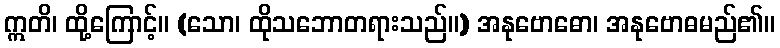
ဣတိ၊ ထို့ကြောင့်။ (သော၊ ထိုသဘောတရားသည်။) အနုဗောဓော၊ အနုဗောဓမည်၏။